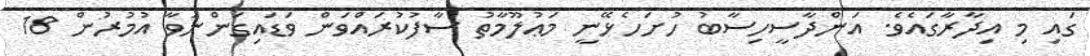
ގައި މި އިދާރާގައެވެ. އަންދާސީހިސާބު ހުށަހެޅޭނީ މަޢުލޫމާތު ސާފުކުރައްވަން ވަޑައިގަންނަވާ އުމުރުން 18